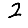
Digit: 2